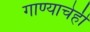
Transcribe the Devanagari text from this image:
गाण्याचेही